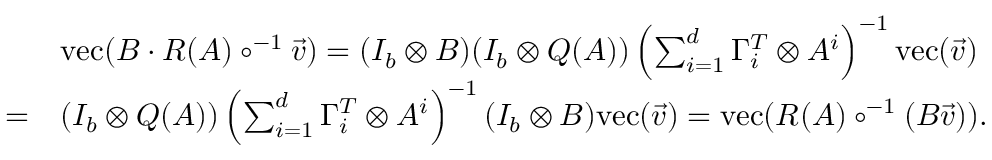
\begin{array} { r l } & { \mathrm { v e c } ( B \cdot R ( A ) \circ ^ { - 1 } \vec { v } ) = ( I _ { b } \otimes B ) ( I _ { b } \otimes Q ( A ) ) \left( \sum _ { i = 1 } ^ { d } \Gamma _ { i } ^ { T } \otimes A ^ { i } \right) ^ { - 1 } \mathrm { v e c } ( \vec { v } ) } \\ { = } & { ( I _ { b } \otimes Q ( A ) ) \left( \sum _ { i = 1 } ^ { d } \Gamma _ { i } ^ { T } \otimes A ^ { i } \right) ^ { - 1 } ( I _ { b } \otimes B ) \mathrm { v e c } ( \vec { v } ) = \mathrm { v e c } ( R ( A ) \circ ^ { - 1 } ( B \vec { v } ) ) . } \end{array}